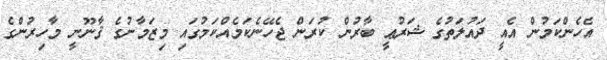
އެހެންކަމުން އެއީ ދައުލަތުގެ ޝަރުޢީ ބާރުން ކުރަން ޖެހޭނެކަމެއްކަމުގައި މިޒަމާނުގެ ޤާނޫނީ މާހިރުންގެ